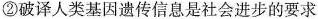
②破译人类基因遗传信息是社会进步的要求